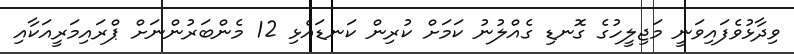
ވިދާޅުވެފައިވަނީ މަޖިލީހުގެ ގޮނޑި ގެއްލުނު ކަމަށް ކުރިން ކަނޑައެޅި 12 މެންބަރުންނަށް ޕްރައިމަރީއަކާއި